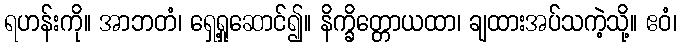
ရဟန်းကို။ အာဘတံ၊ ရှေ့ရှုဆောင်၍။ နိက္ခိတ္တောယထာ၊ ချထားအပ်သကဲ့သို့။ ဧဝံ၊